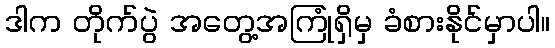
ဒါက တိုက်ပွဲ အတွေ့အကြုံရှိမှ ခံစားနိုင်မှာပါ။